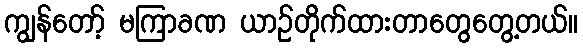
ကျွန်တော့် မကြာခဏ ယာဉ်တိုက်ထားတာတွေတွေ့တယ်။